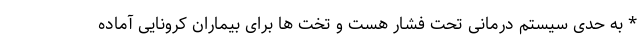
* به حدی سیستم درمانی تحت فشار هست و تخت ها برای بیماران کرونایی آماده